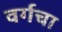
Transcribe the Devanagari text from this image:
वर्गचा